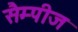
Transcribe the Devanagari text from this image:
सैम्पीज